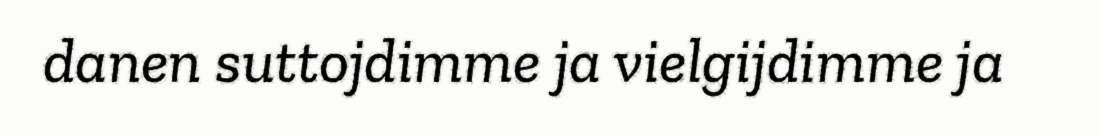
danen suttojdimme ja vielgijdimme ja